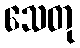
သေတု